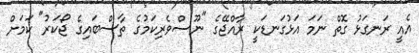
އެއީ ރަނގަޅު ގޮތް ނަމަ އަޅުގަނޑަކީ ރާއްޖޭގެ "ނޫސްވެރިކަމުގެ ތާސްބައިގެ ޖޯކަރު" ކަމަށް